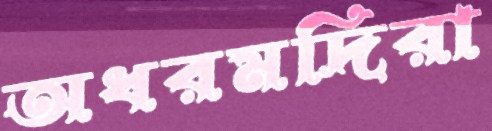
অধরমদিরা